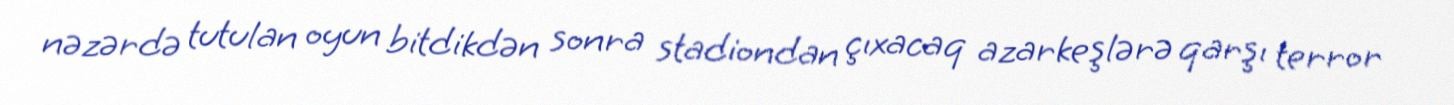
nəzərdə tutulan oyun bitdikdən sonra stadiondan çıxacaq azarkeşlərə qarşı terror